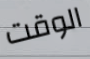
الوقت